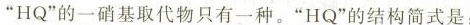
”HQ”的一硝基取代物只有一种。”HQ”的结构简式是: